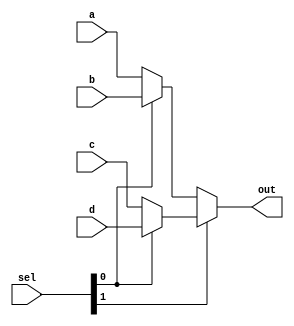
module mux_4X1s (a, b, c, d, sel, out);
   input [3:0] a,b,c,d;
   input [1:0] sel;
   output [3:0] out;
	
	assign out = sel[1] ? (sel[0]?d:c):(sel[0]?b:a);
   
endmodule